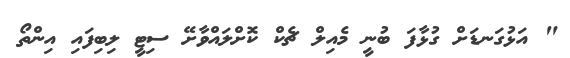
" އަޅުގަނޑަށް ގުޅާފަ ބުނީ މެއިލް ޗެކް ކޮށްލައްވާށޭ ސިޓީ ލިބިފައި އިންތޯ